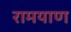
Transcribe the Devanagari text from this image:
रामयाण